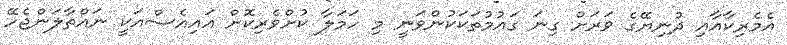
އެމެރިކާއާއި ދުނިޔޭގެ ވަރަށް ގިނަ ގައުމުތަކަކުންވަނީ މި ހަމަލާ ކުށްވެރިކޮށް އައިއެސްއަކީ ނައްތާލަންޖެހޭ